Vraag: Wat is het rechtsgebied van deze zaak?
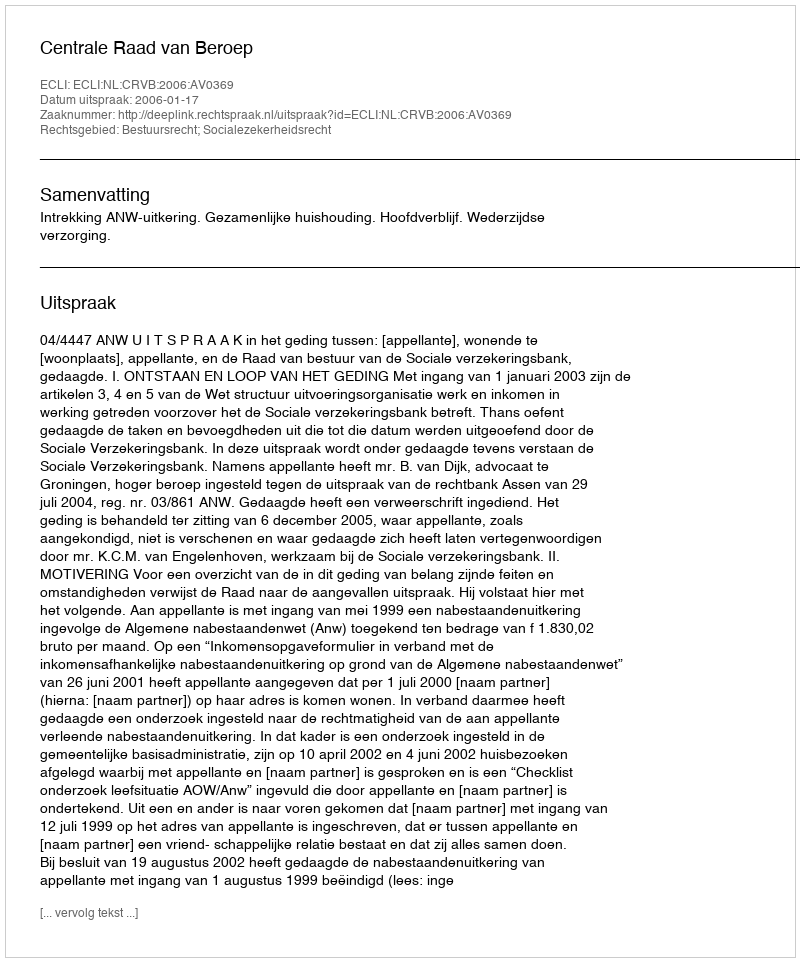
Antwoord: Bestuursrecht; Socialezekerheidsrecht